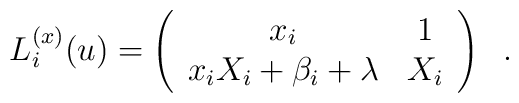
L_i^{(x)}(u)=\left(\begin{array}{cc}          x_i      & 1  \\           x_iX_i+\beta_i+\lambda      &  X_i         \end{array}\right )\;\;.